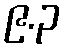
၉.၃